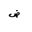
Letter: _dad